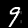
Digit: 9